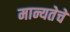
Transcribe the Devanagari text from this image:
मान्यतेचे